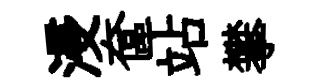
浸奩站攀